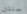
سنتان